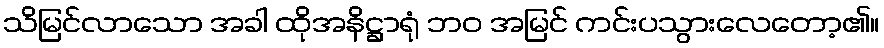
သိမြင်လာသော အခါ ထိုအနိဋ္ဌာရုံ ဘဝ အမြင် ကင်းပသွားလေတော့၏။